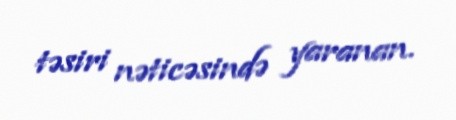
təsiri nəticəsində yaranan.